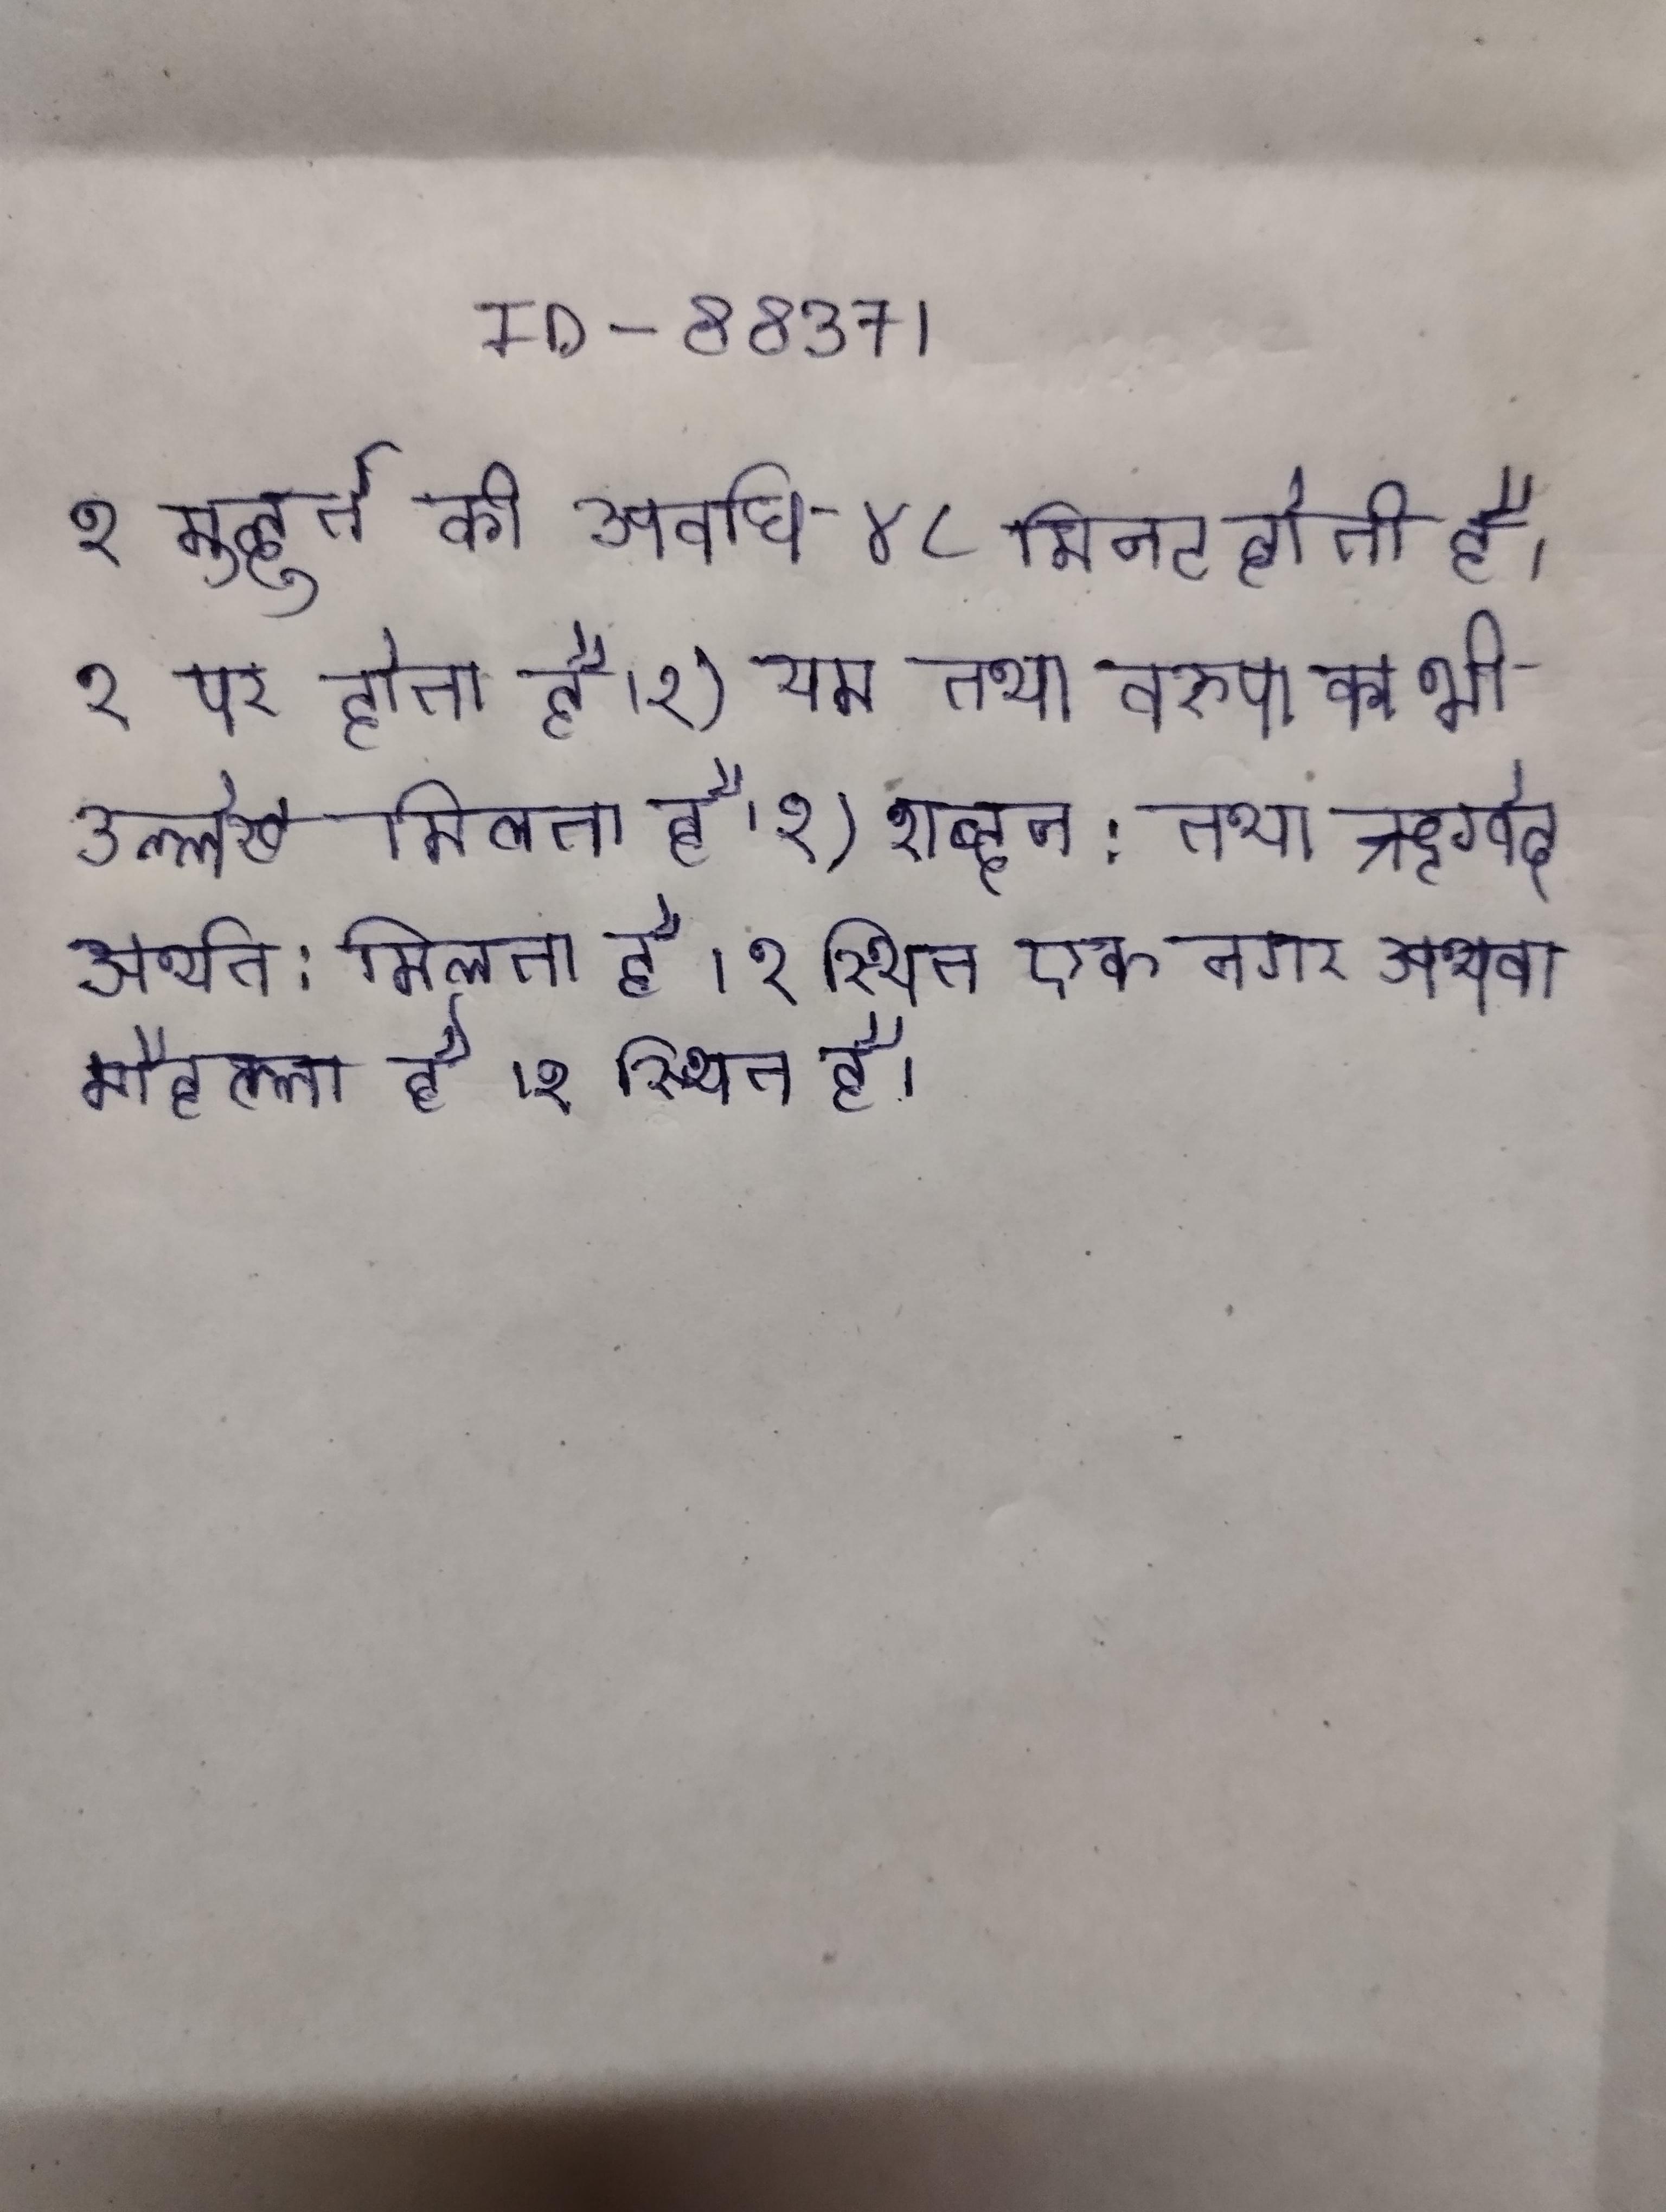
१ मुहूर्त की अवधि ४८ मिनट होती है । १ पर होता है । १) यम तथा वरुण का भी उल्लेख मिलता है । १) शब्दत: तथा ऋग्वेद अर्थत: मिलता है । १ स्थित एक नगर अथवा मौहल्ला है । १ स्थित है ।